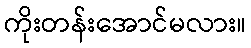
ကိုးတန်းအောင်မလား။